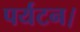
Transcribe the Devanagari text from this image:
पर्यटन।